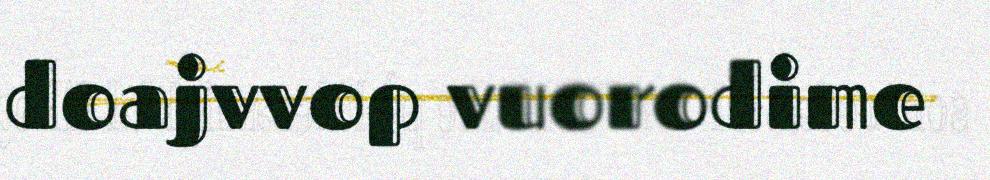
doajvvop vuorodime